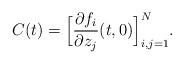
LaTeX: \begin{align*}C(t) = \Bigl[ \frac{\partial f_i}{\partial z_j}(t,0) \Bigr]_{i,j=1}^{N}.\end{align*}